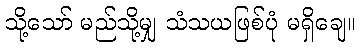
သို့သော် မည်သို့မျှ သံသယဖြစ်ပုံ မရှိချေ။